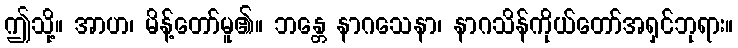
ဤသို့။ အာဟ၊ မိန့်တော်မူ၏။ ဘန္တေ နာဂသေနာ၊ နာဂသိန်ကိုယ်တော်အရှင်ဘုရား။